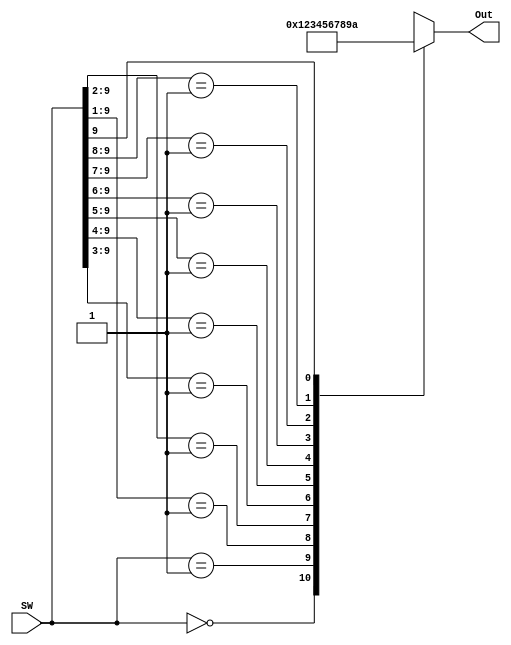
`timescale 1ns / 1ps

// Abdul Basit | 041-18-0014
module Priority_Encoder(Out, SW);
output reg [3:0] Out;
input  wire [9:0] SW;

always@(*)
begin

    casex(SW)
    10'b0000000000 : Out = 4'b0000;
    10'b0000000001 : Out = 4'b0001;
    10'b000000001x : Out = 4'b0010;
    10'b00000001xx : Out = 4'b0011;
    10'b0000001xxx : Out = 4'b0100;
    10'b000001xxxx : Out = 4'b0101;
    10'b00001xxxxx : Out = 4'b0110;
    10'b0001xxxxxx : Out = 4'b0111;
    10'b001xxxxxxx : Out = 4'b1000;
    10'b01xxxxxxxx : Out = 4'b1001;
    10'b1xxxxxxxxx : Out = 4'b1010;
    
    default : Out = 4'bzzzz;
    endcase
end    

endmodule


//module TB;
// wire [3:0] Out;
//  reg [9:0] SW;

// Priority_Encoder inst0(Out, SW);

//initial begin
//SW = 1;
//#10 SW = 10'b000000_0010;
//end 
//endmodule